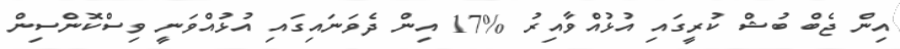
އިން ޖެބް ބުޝް ކުރީގައި އުޅުއްވާއިރު %17 އިން ދެވަނައިގައި އުޅުއްވަނީ ވިސްކޮންސިން